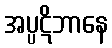
အပ္ပဋိဘာနေ